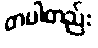
တပါတည်း